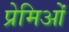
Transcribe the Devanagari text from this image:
प्रेमिओं